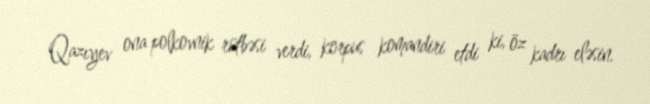
Qazıyev ona polkovnik rütbəsi verdi, korpus komandiri etdi ki, öz kadrı eləsin.